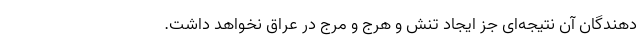
دهندگان آن نتیجه‌ای جز ایجاد تنش و هرج و مرج در عراق نخواهد داشت.